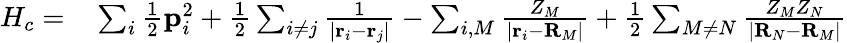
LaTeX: \begin{array}{rl}{H_{c}=}&{{}\sum_{i}\frac{1}{2}\mathbf{p}_{i}^{2}+\frac{1}{2}\sum_{i\neq j}\frac{1}{|\mathbf{r}_{i}-\mathbf{r}_{j}|}-\sum_{i,M}\frac{Z_{M}}{|\mathbf{r}_{i}-\mathbf{R}_{M}|}+\frac{1}{2}\sum_{M\neq N}\frac{Z_{M}Z_{N}}{|\mathbf{R}_{N}-\mathbf{R}_{M}|}}\end{array}